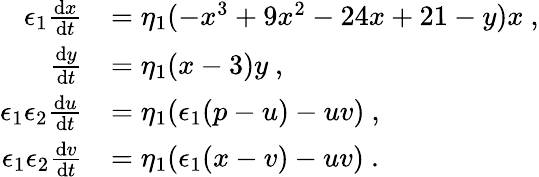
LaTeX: \begin{array}{rl}{\epsilon_{1}\frac{\mathrm{d}x}{\mathrm{d}t}}&{=\eta_{1}(-x^{3}+9x^{2}-24x+21-y)x\ ,}\\ {\frac{\mathrm{d}y}{\mathrm{d}t}}&{=\eta_{1}(x-3)y\ ,}\\ {\epsilon_{1}\epsilon_{2}\frac{\mathrm{d}u}{\mathrm{d}t}}&{=\eta_{1}(\epsilon_{1}(p-u)-uv)\ ,}\\ {\epsilon_{1}\epsilon_{2}\frac{\mathrm{d}v}{\mathrm{d}t}}&{=\eta_{1}(\epsilon_{1}(x-v)-uv)\ .}\end{array}